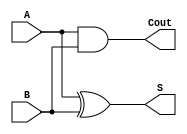
module half_adder(S, Cout, A, B);
    input A, B;
    output Cout, S;

    xor x(S, A, B);
    and a(Cout, A, B);
endmodule